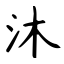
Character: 沐